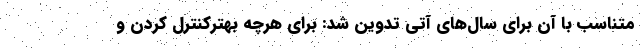
متناسب با آن برای سال‌های آتی تدوین شد: برای هرچه بهترکنترل کردن و